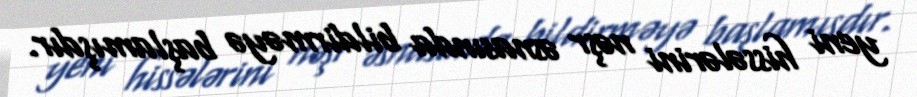
yeni hissələrini nəşr əsnasında bildirməyə başlamışdır.